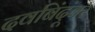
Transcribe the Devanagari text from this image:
दवबिंदूंवर